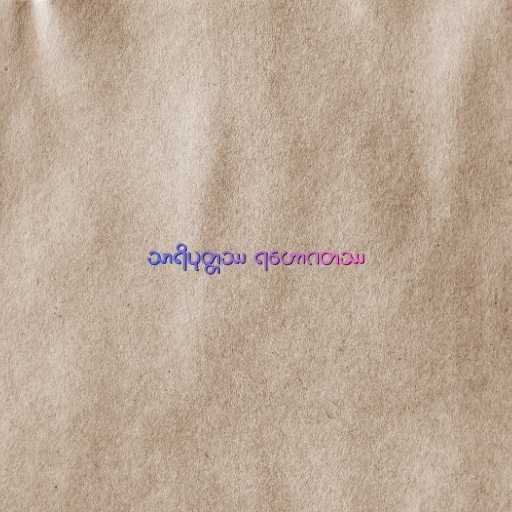
သာရိပုတ္တဿ ရဟောဂတဿ